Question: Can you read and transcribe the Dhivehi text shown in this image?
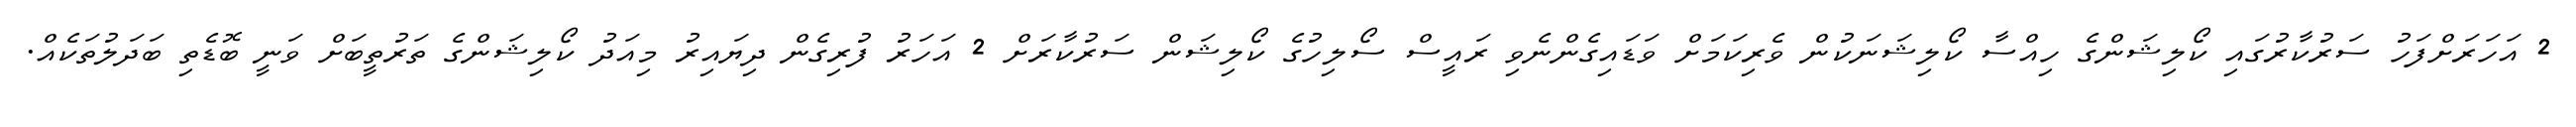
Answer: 2 އަހަރަށްފަހު ސަރުކާރުގައި ކޯލިޝަންގެ ހިއްސާ ކޯލިޝަނަކުން ވެރިކަމަށް ވަޑައިގެންނެވި ރައީސް ސޯލިހުގެ ކޯލިޝަން ސަރުކާރަށް 2 އަހަރު ފުރިގެން ދިޔައިރު މިއަދު ކޯލިޝަންގެ ތަރުތީބަށް ވަނީ ބޮޑެތި ބަދަލުތަކެއް.